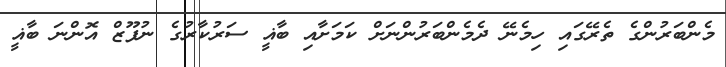
މެންބަރުންގެ ތެރޭގައި ހިމެނޭ ދެމެންބަރުންނަށް ކަމަށާއި ބާޣީ ސަރުކާރުގެ ނުފޫޒް އޮންނަ ބާޣީ